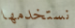
نستخدمها